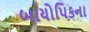
બાયોપિકના